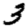
Digit: 3